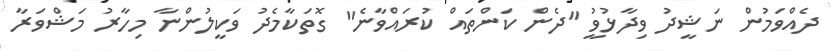
ދެއްވަމުން ނަޝީދު ވިދާޅުވީު "ދެން ކަންތައް ކުރައްވާނެ" ގޮތަކާމެދު ވަކީލުންނާ މިހާރު މަޝްވަރާ